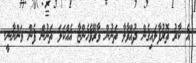
އެ ކާރު ތޮރުފާލައިގެން ދުއްވާލާ ތަނުން ވާރޭވެހެންޏާ އެއްކަލަ ތަނުން ފެން ވަންނާނީ.